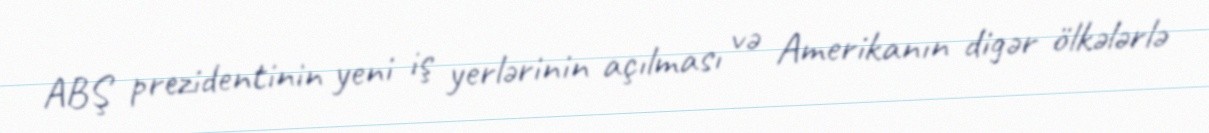
ABŞ prezidentinin yeni iş yerlərinin açılması və Amerikanın digər ölkələrlə